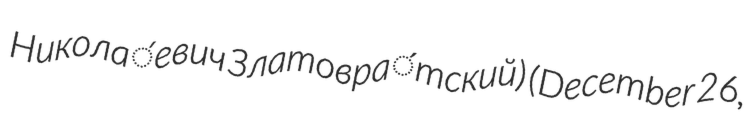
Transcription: Никола́евич Златовра́тский) (December 26,